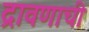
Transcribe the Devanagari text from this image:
द्रावणाची